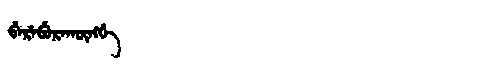
Manchu: ᠪᡝᡵᡝᠪᡠᡵᠠᡴᡡᠩᡤᡝ
Romanization: BEREBURAKŪNGGE